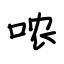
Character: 哝